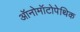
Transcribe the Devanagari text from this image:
ऑनोमॉटोपेथिक